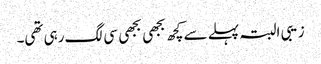
زیبی البتہ پہلے سے کچھ بجھی بجھی سی لگ رہی تھی۔